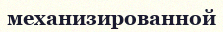
механизированной